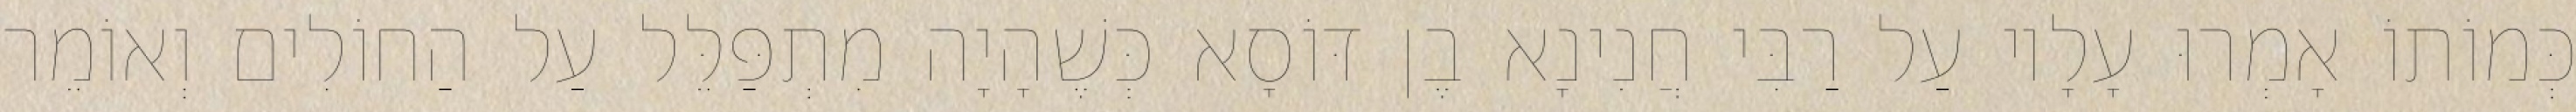
כְּמוֹתוֹ אָמְרוּ עָלָיו עַל רַבִּי חֲנִינָא בֶן דּוֹסָא כְּשֶׁהָיָה מִתְפַּלֵּל עַל הַחוֹלִים וְאוֹמֵר